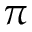
\pi